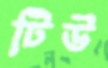
টিউ